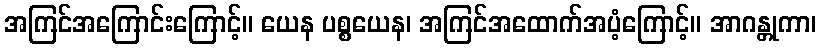
အကြင်အကြောင်းကြောင့်။ ယေန ပစ္စယေန၊ အကြင်အထောက်အပံ့ကြောင့်။ အာဂန္တုကာ၊